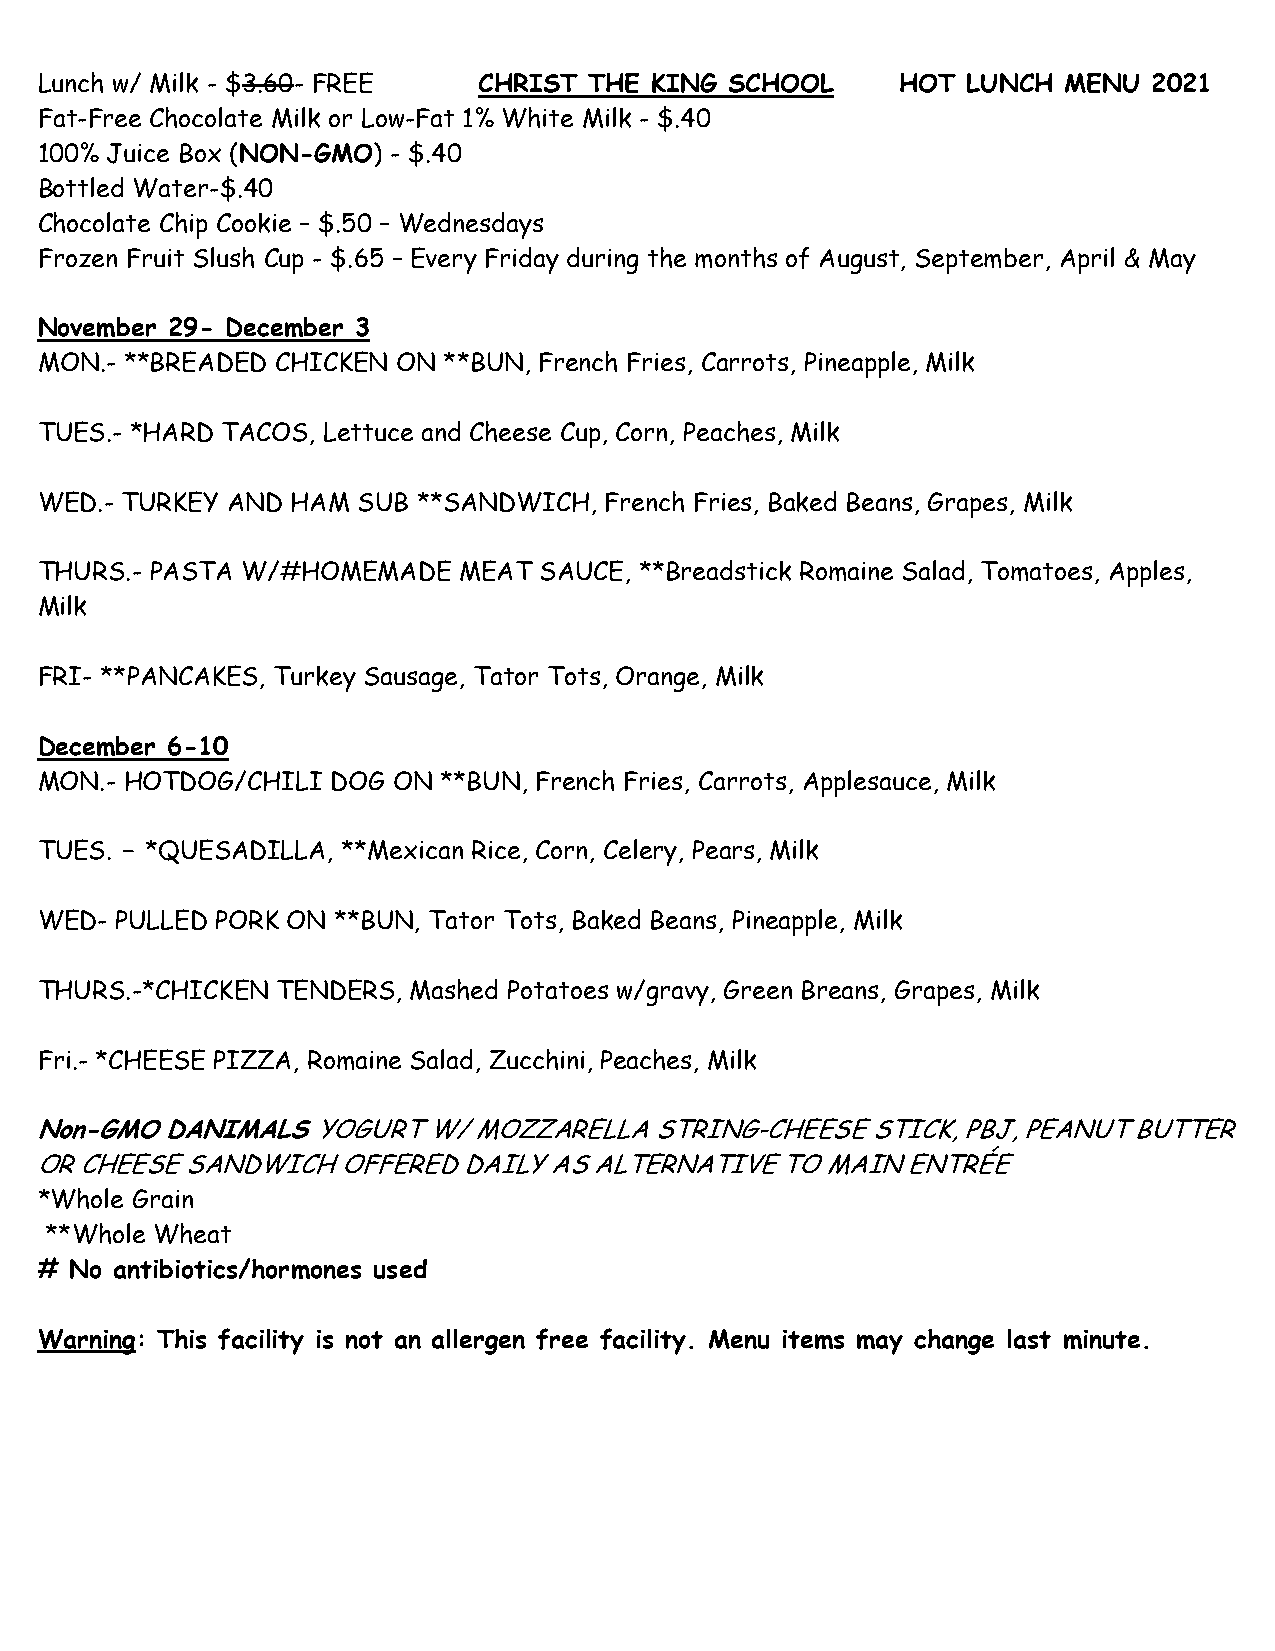
Lunch w/ Milk - $3.60- FREE   CHRIST THE KING SCHOOL      HOT LUNCH MENU  2021
 Fat-Free Chocolate Milk or Low-Fat 1% White Milk - $.40
 100% Juice Box (NON-GMO) - $.40
 Bottled Water-$.40
 Chocolate Chip Cookie – $.50 – Wednesdays
 Frozen Fruit Slush Cup - $.65 – Every Friday during the months of August, September, April & May
 November 29- December 3
 MON.- **BREADED CHICKEN ON **BUN, French Fries, Carrots, Pineapple, Milk
 TUES.- *HARD TACOS, Lettuce and Cheese Cup, Corn, Peaches, Milk
 WED.- TURKEY AND HAM  SUB **SANDWICH, French Fries, Baked Beans, Grapes, Milk
 THURS.- PASTA W/#HOMEMADE   MEAT  SAUCE, **Breadstick Romaine Salad, Tomatoes, Apples,
 Milk
 FRI- **PANCAKES, Turkey Sausage, Tator Tots, Orange, Milk
 December 6-10
 MON.- HOTDOG/CHILI  DOG ON **BUN, French Fries, Carrots, Applesauce, Milk
 TUES. – *QUESADILLA, **Mexican Rice, Corn, Celery, Pears, Milk
 WED-  PULLED PORK ON **BUN, Tator Tots, Baked Beans, Pineapple, Milk
 THURS.-*CHICKEN TENDERS, Mashed Potatoes w/gravy, Green Breans, Grapes, Milk
 Fri.- *CHEESE PIZZA, Romaine Salad, Zucchini, Peaches, Milk
 Non-GMO  DANIMALS  YOGURT W/ MOZZARELLA  STRING-CHEESE  STICK, PBJ, PEANUT BUTTER
 OR CHEESE SANDWICH  OFFERED  DAILY AS ALTERNATIVE TO MAIN ENTRÉE
 *Whole Grain
 **Whole Wheat
 #  No antibiotics/hormones used
 Warning: This facility is not an allergen free facility. Menu items may change last minute.